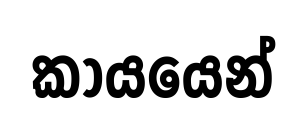
කායයෙන්